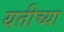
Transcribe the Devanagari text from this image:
यतीच्या